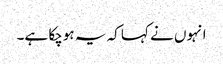
انہوں نے کہا کہ یہ ہوچکا ہے۔